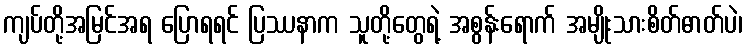
ကျပ်တို့အမြင်အရ ပြောရရင် ပြဿနာက သူတို့တွေရဲ့ အစွန်းရောက် အမျိုးသားစိတ်ဓာတ်ပဲ၊